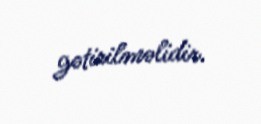
gətirilməlidir.